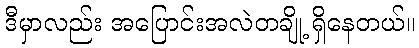
ဒီမှာလည်း အပြောင်းအလဲတချို့ ရှိနေတယ်။